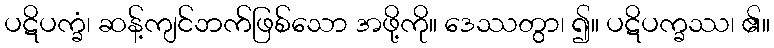
ပဋိပက္ခံ၊ ဆန့်ကျင်ဘက်ဖြစ်သော အဖို့ကို။ ဒေဿတွာ၊ ၍။ ပဋိပက္ခဿ၊ ၏။